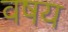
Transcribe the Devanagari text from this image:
वषय